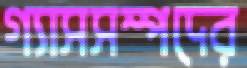
গ্যাসসম্পদের